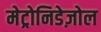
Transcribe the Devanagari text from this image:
मेट्रोनिडेज़ोल